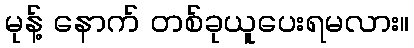
မုန့် နောက် တစ်ခုယူပေးရမလား။